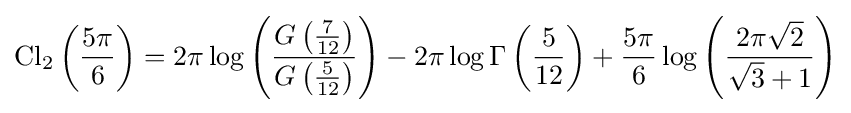
\operatorname {Cl} _{2}\left({\frac {5\pi }{6}}\right)=2\pi \log \left({\frac {G\left({\frac {7}{12}}\right)}{G\left({\frac {5}{12}}\right)}}\right)-2\pi \log \Gamma \left({\frac {5}{12}}\right)+{\frac {5\pi }{6}}\log \left({\frac {2\pi {\sqrt {2}}}{{\sqrt {3}}+1}}\right)